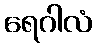
ရေဂါလံ